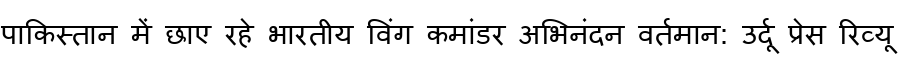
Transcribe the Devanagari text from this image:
पाकिस्तान में छाए रहे भारतीय विंग कमांडर अभिनंदन वर्तमान: उर्दू प्रेस रिव्यू